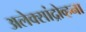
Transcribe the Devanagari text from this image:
अलेक्सांद्रोव्हना